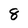
Character: 8